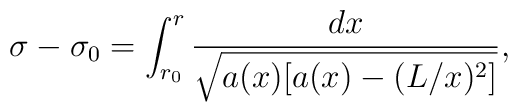
\sigma-\sigma_0=\int_{r_0}^{r}\frac{dx}{\sqrt{a(x)[a(x)-(L/x)^2]}},